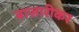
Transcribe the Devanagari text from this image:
बाज़ारीकर